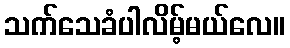
သက်သေခံပါလိမ့်မယ်လေ။